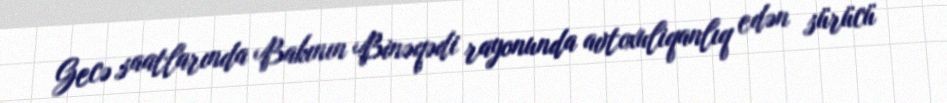
Gecə saatlarında Bakının Binəqədi rayonunda avtoxuliqanlıq edən sürücü